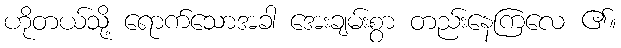
ဟိုတယ်သို့ ရောက်သောအခါ အေးချမ်းစွာ တည်းနေကြလေ ၏။